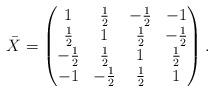
LaTeX: \begin{align*}\bar{X} = \begin{pmatrix} 1 & \frac12 & - \frac12 & -1 \cr \frac12 & 1 & \frac12 & - \frac12 \cr - \frac12 & \frac12 & 1 & \frac12 \cr -1 & - \frac12 & \frac12 & 1 \end{pmatrix} .\end{align*}